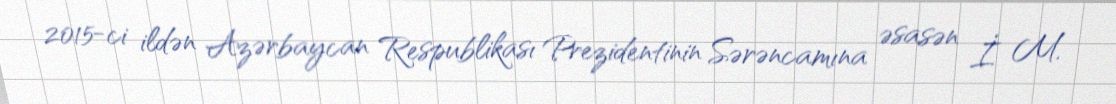
2015-ci ildən Azərbaycan Respublikası Prezidentinin Sərəncamına əsasən İ. M.